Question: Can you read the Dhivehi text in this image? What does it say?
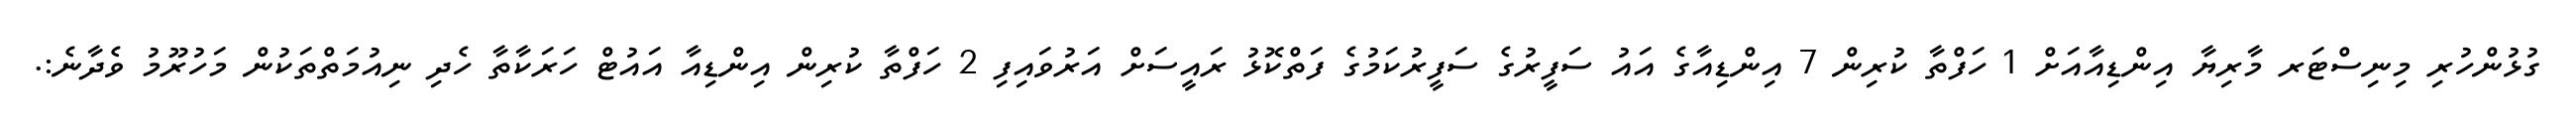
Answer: ގުޅުންހުރި މިނިސްޓަރ މާރިޔާ އިންޑިއާއަށް 1 ހަފްތާ ކުރިން 7 އިންޑިއާގެ އައު ސަފީރުގެ ސަފީރުކަމުގެ ފަތްކޮޅު ރައީސަށް އަރުވައިފި 2 ހަފްތާ ކުރިން އިންޑިއާ އައުޓް ހަރަކާތާ ހެދި ނިއުމަތްތަކުން މަހުރޫމު ވެދާނެ:.